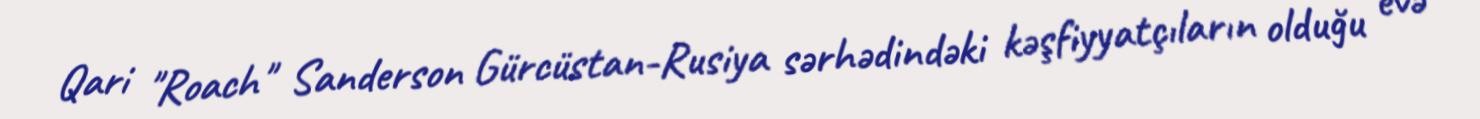
Qari "Roach" Sanderson Gürcüstan-Rusiya sərhədindəki kəşfiyyatçıların olduğu evə